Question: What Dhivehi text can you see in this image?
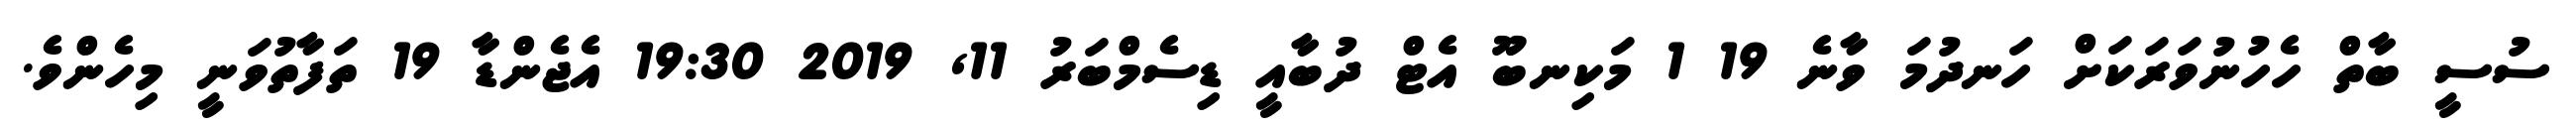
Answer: ސުސީ ބާތް ހެހުނުވަރަކަށް ހަނދުމަ ވާނެ 19 1 މަކިނބޫ އެޓް ދުބާއީ ޑިސެމްބަރު 11, 2019 19:30 އެޖެންޑާ 19 ތަފާތުވަނީ މިހެންވެ.